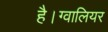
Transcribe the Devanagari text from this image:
है।ग्वालियर